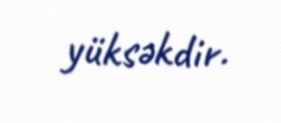
yüksəkdir.